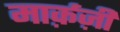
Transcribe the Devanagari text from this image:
मार्क़ज़ी